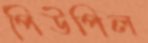
পিউপিল